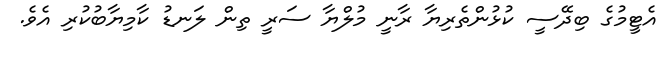
އެޓީމުގެ ބިދޭސީ ކުޅުންތެރިޔާ ރާނީ މުލްޔާ ސަރީ ތިން ލަނޑު ކާމިޔާބުކުރި އެވެ.